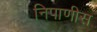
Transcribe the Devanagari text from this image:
निपाणीस